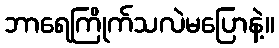
ဘာရေကြိုက်သလဲမပြောနဲ့။